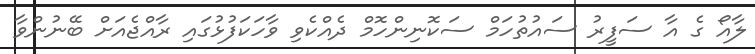
ލާއޯ ގެ އާ ސަފީރު ސައުތުހަމް ސަކޮނިންހޮމް ދެއްކެވި ވާހަކަފުޅުގައި ރާއްޖެއަށް ބޭނުންވާ